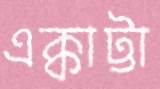
এক্কাট্টা